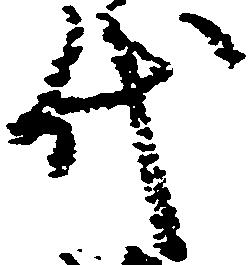
代